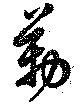
勒